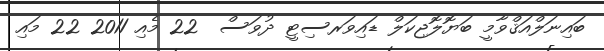
ބައިނަލްއަޤްވާމީ ބަޔޮލޮޖިކަލް ޑައިވަރސިޓީ ދުވަސް  22 މެއި 2011 22 މައި